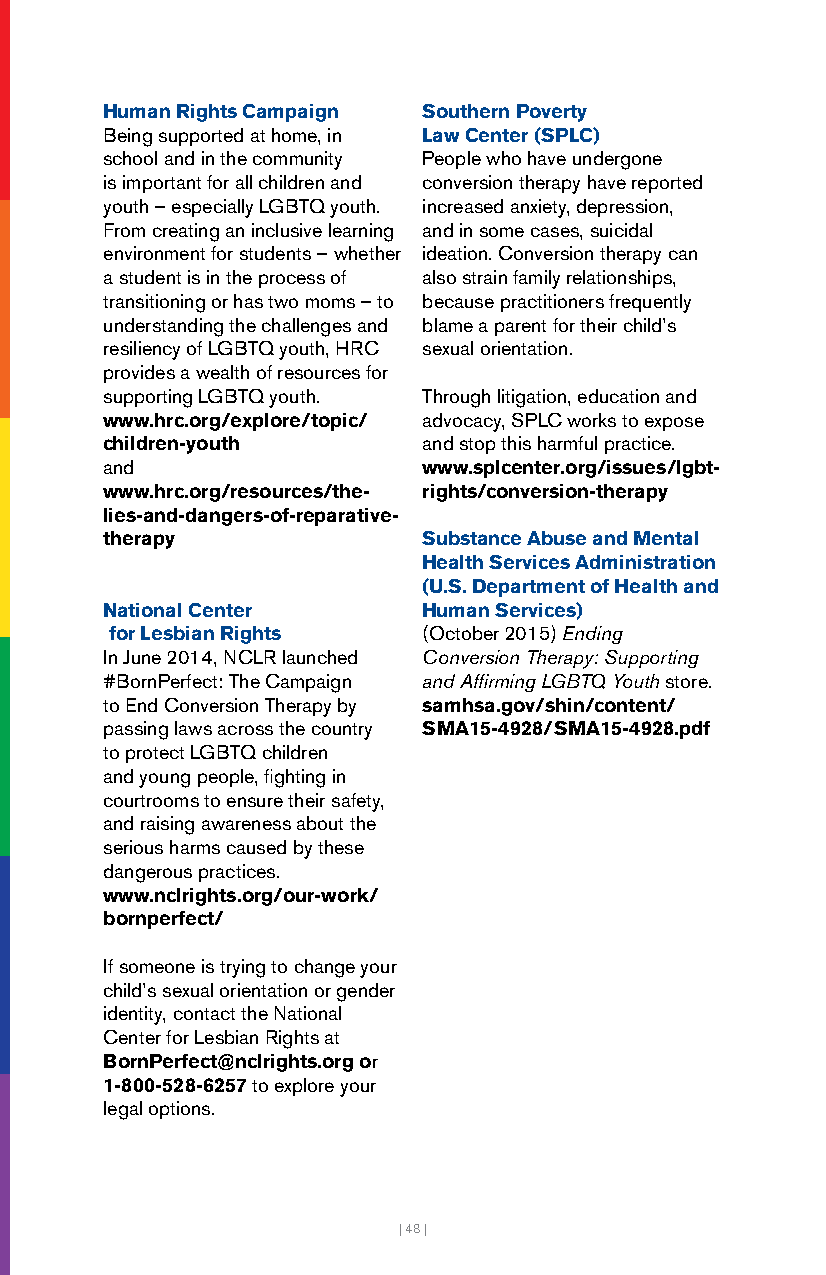
Human Rights Campaign Southern Poverty
 Being supported at home, in Law Center (SPLC)
 school and in the community People who have undergone
 is important for all children and conversion therapy have reported
 youth – especially LGBTQ youth. increased anxiety, depression,
 From creating an inclusive learning and in some cases, suicidal
 environment for students – whether ideation. Conversion therapy can
 a student is in the process of also strain family relationships,
 transitioning or has two moms – to because practitioners frequently
 understanding the challenges and blame a parent for their child’s
 resiliency of LGBTQ youth, HRC sexual orientation.
 provides a wealth of resources for
 supporting LGBTQ youth. Through litigation, education and
 www.hrc.org/explore/topic/ advocacy, SPLC works to expose
 children-youth       and stop this harmful practice.
 and                  www.splcenter.org/issues/lgbt-
 www.hrc.org/resources/the- rights/conversion-therapy
 lies-and-dangers-of-reparative-
 therapy              Substance Abuse and Mental
 Health Services Administration
 (U.S. Department of Health and
 National Center      Human Services)
 for Lesbian Rights   (October 2015) Ending
 In June 2014, NCLR launched Conversion Therapy: Supporting
 #BornPerfect: The Campaign and Affirming LGBTQ Youth store.
 to End Conversion Therapy by samhsa.gov/shin/content/
 passing laws across the country SMA15-4928/SMA15-4928.pdf
 to protect LGBTQ children
 and young people, fighting in
 courtrooms to ensure their safety,
 and raising awareness about the
 serious harms caused by these
 dangerous practices.
 www.nclrights.org/our-work/
 bornperfect/
 If someone is trying to change your
 child’s sexual orientation or gender
 identity, contact the National
 Center for Lesbian Rights at
 BornPerfect@nclrights.org or
 1-800-528-6257 to explore your
 legal options.
 | 48 |